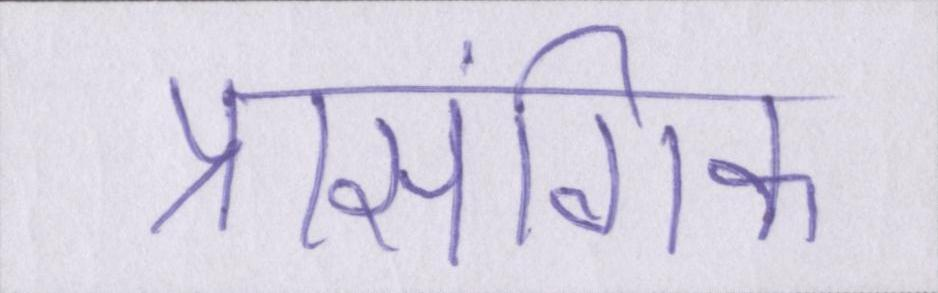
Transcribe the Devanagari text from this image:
प्रासंगिक